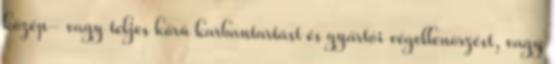
közép- vagy teljes körû karbantartást és gyártói végellenõrzést, vagy